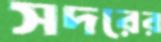
সদরের